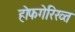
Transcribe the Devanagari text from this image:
होफगेरिख्त